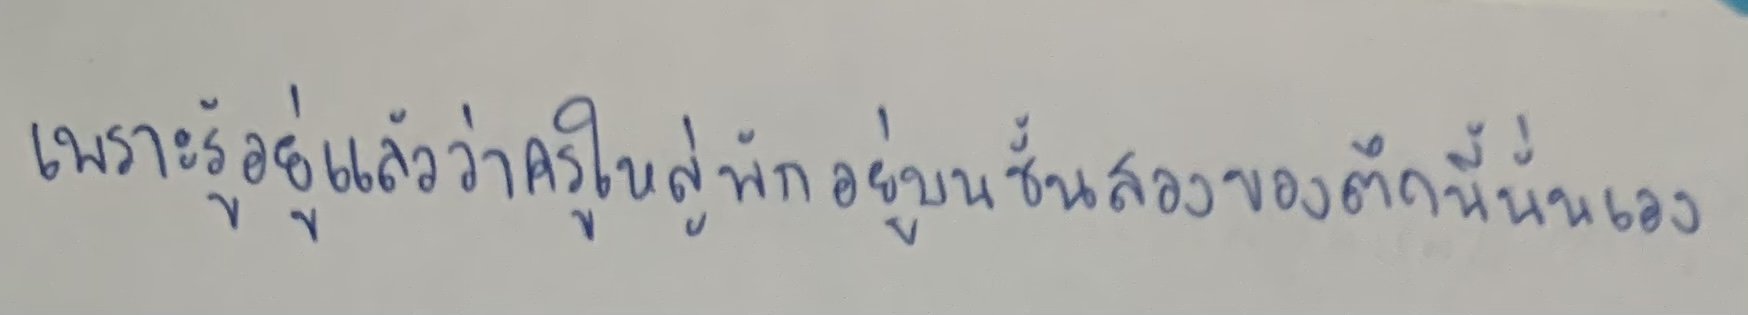
เพราะรู้อยู่แล้วว่าครูใหญ่พักอยู่บนชั้นสองของตึกนี้นั่นเอง